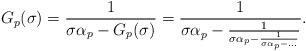
LaTeX: \begin{align*}G_p(\sigma)=\frac{1}{\sigma\alpha_p-G_p(\sigma)}=\frac{1}{\sigma\alpha_p-\frac{1}{\sigma\alpha_p-\frac{1}{\sigma\alpha_p-\dots}}}.\end{align*}